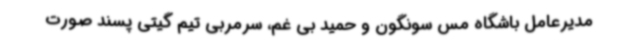
مدیرعامل باشگاه مس سونگون و حمید بی غم، سرمربی تیم گیتی پسند صورت